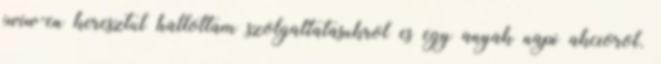
iwiw-en keresztul hallottam szolgaltatasukrol es egy anyak napi akciorol.